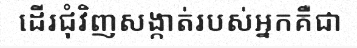
ដើរជុំវិញសង្កាត់របស់អ្នកគឺជា